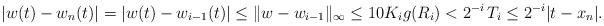
LaTeX: \begin{align*}|w(t) - w_n (t)| = |w(t) - w_{i-1}(t)|\leq\|w-w_{i-1}\|_{\infty} \leq 10K_{i} g(R_i) < 2^{-i}\,T_i \leq 2^{-i} |t- x_n|.\end{align*}